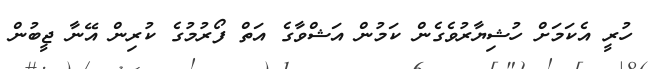
ހުރީ އެކަމަށް ހުޝިޔާރުވެގެން ކަމުން އަޝްވާގެ އަތް ފޯރުމުގެ ކުރިން އޭނާ ޖީބުން